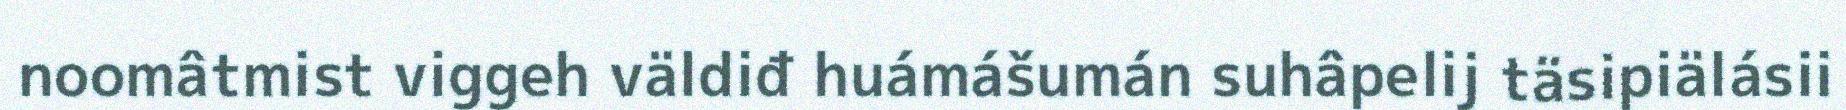
noomâtmist viggeh väldiđ huámášumán suhâpelij täsipiälásii